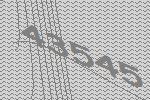
43545